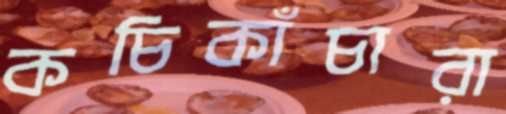
কচিকাঁচারা